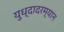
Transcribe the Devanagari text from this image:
युध्दादरम्यान